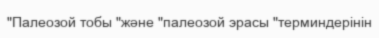
"Палеозой тобы "және "палеозой эрасы "терминдерінін